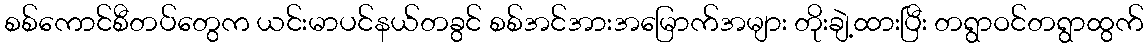
စစ်ကောင်စီတပ်တွေက ယင်းမာပင်နယ်တခွင် စစ်အင်အားအမြောက်အများ တိုးချဲ့ထားပြီး တရွာဝင်တရွာထွက်